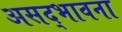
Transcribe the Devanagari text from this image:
असद्‍भावना